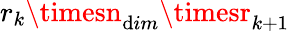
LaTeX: r_{k}\timesn_{\mathrm{d}im}\timesr_{k+1}